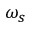
\omega _ { s }